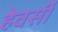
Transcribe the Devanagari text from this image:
हेवर्सी